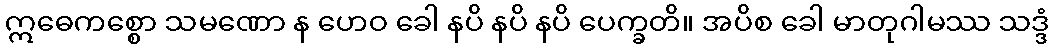
ဣဓေကစ္စော သမဏော န ဟေဝ ခေါ နပိ နပိ နပိ ပေက္ခတိ။ အပိစ ခေါ မာတုဂါမဿ သဒ္ဒံ